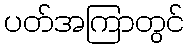
ပတ်အကြာတွင်